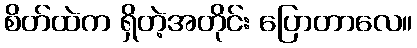
စိတ်ထဲက ရှိတဲ့အတိုင်း ပြောတာလေ။